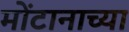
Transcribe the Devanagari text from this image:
मोंटानाच्या